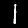
Label: 1